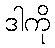
ဒါကို